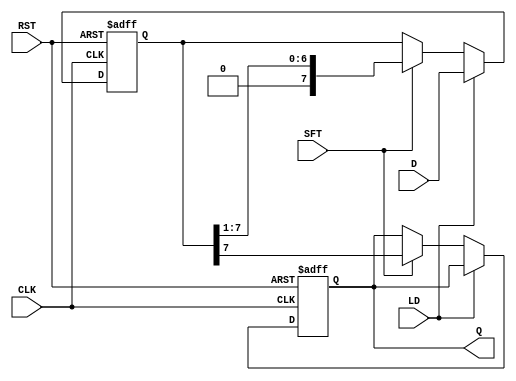
module PISO_Register #(
    parameter N = 8 // Number of bits in the register
)(
    input wire [N-1:0] D,   // Parallel input data
    input wire LD,          // Load signal
    input wire SFT,         // Shift signal
    input wire CLK,         // Clock signal
    input wire RST,         // Asynchronous reset signal
    output reg Q           // Serial output
);

    reg [N-1:0] shift_reg;  // Internal shift register

    always @(posedge CLK or posedge RST) begin
        if (RST) begin
            // Asynchronous reset: clear the shift register
            shift_reg <= {N{1'b0}};
            Q <= 1'b0; // Clear output
        end else if (LD) begin
            // Load data into the shift register
            shift_reg <= D;
        end else if (SFT) begin
            // Shift operation
            Q <= shift_reg[N-1]; // Output the MSB
            shift_reg <= {1'b0, shift_reg[N-1:1]}; // Shift left and fill LSB with 0
        end
    end

endmodule